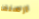
ارسلها